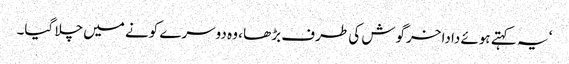
‘ یہ کہتے ہوئے دادا خرگوش کی طرف بڑھا ، وہ دوسرے کونے میں چلا گیا۔